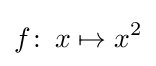
f\colon \,x\mapsto x^{2}